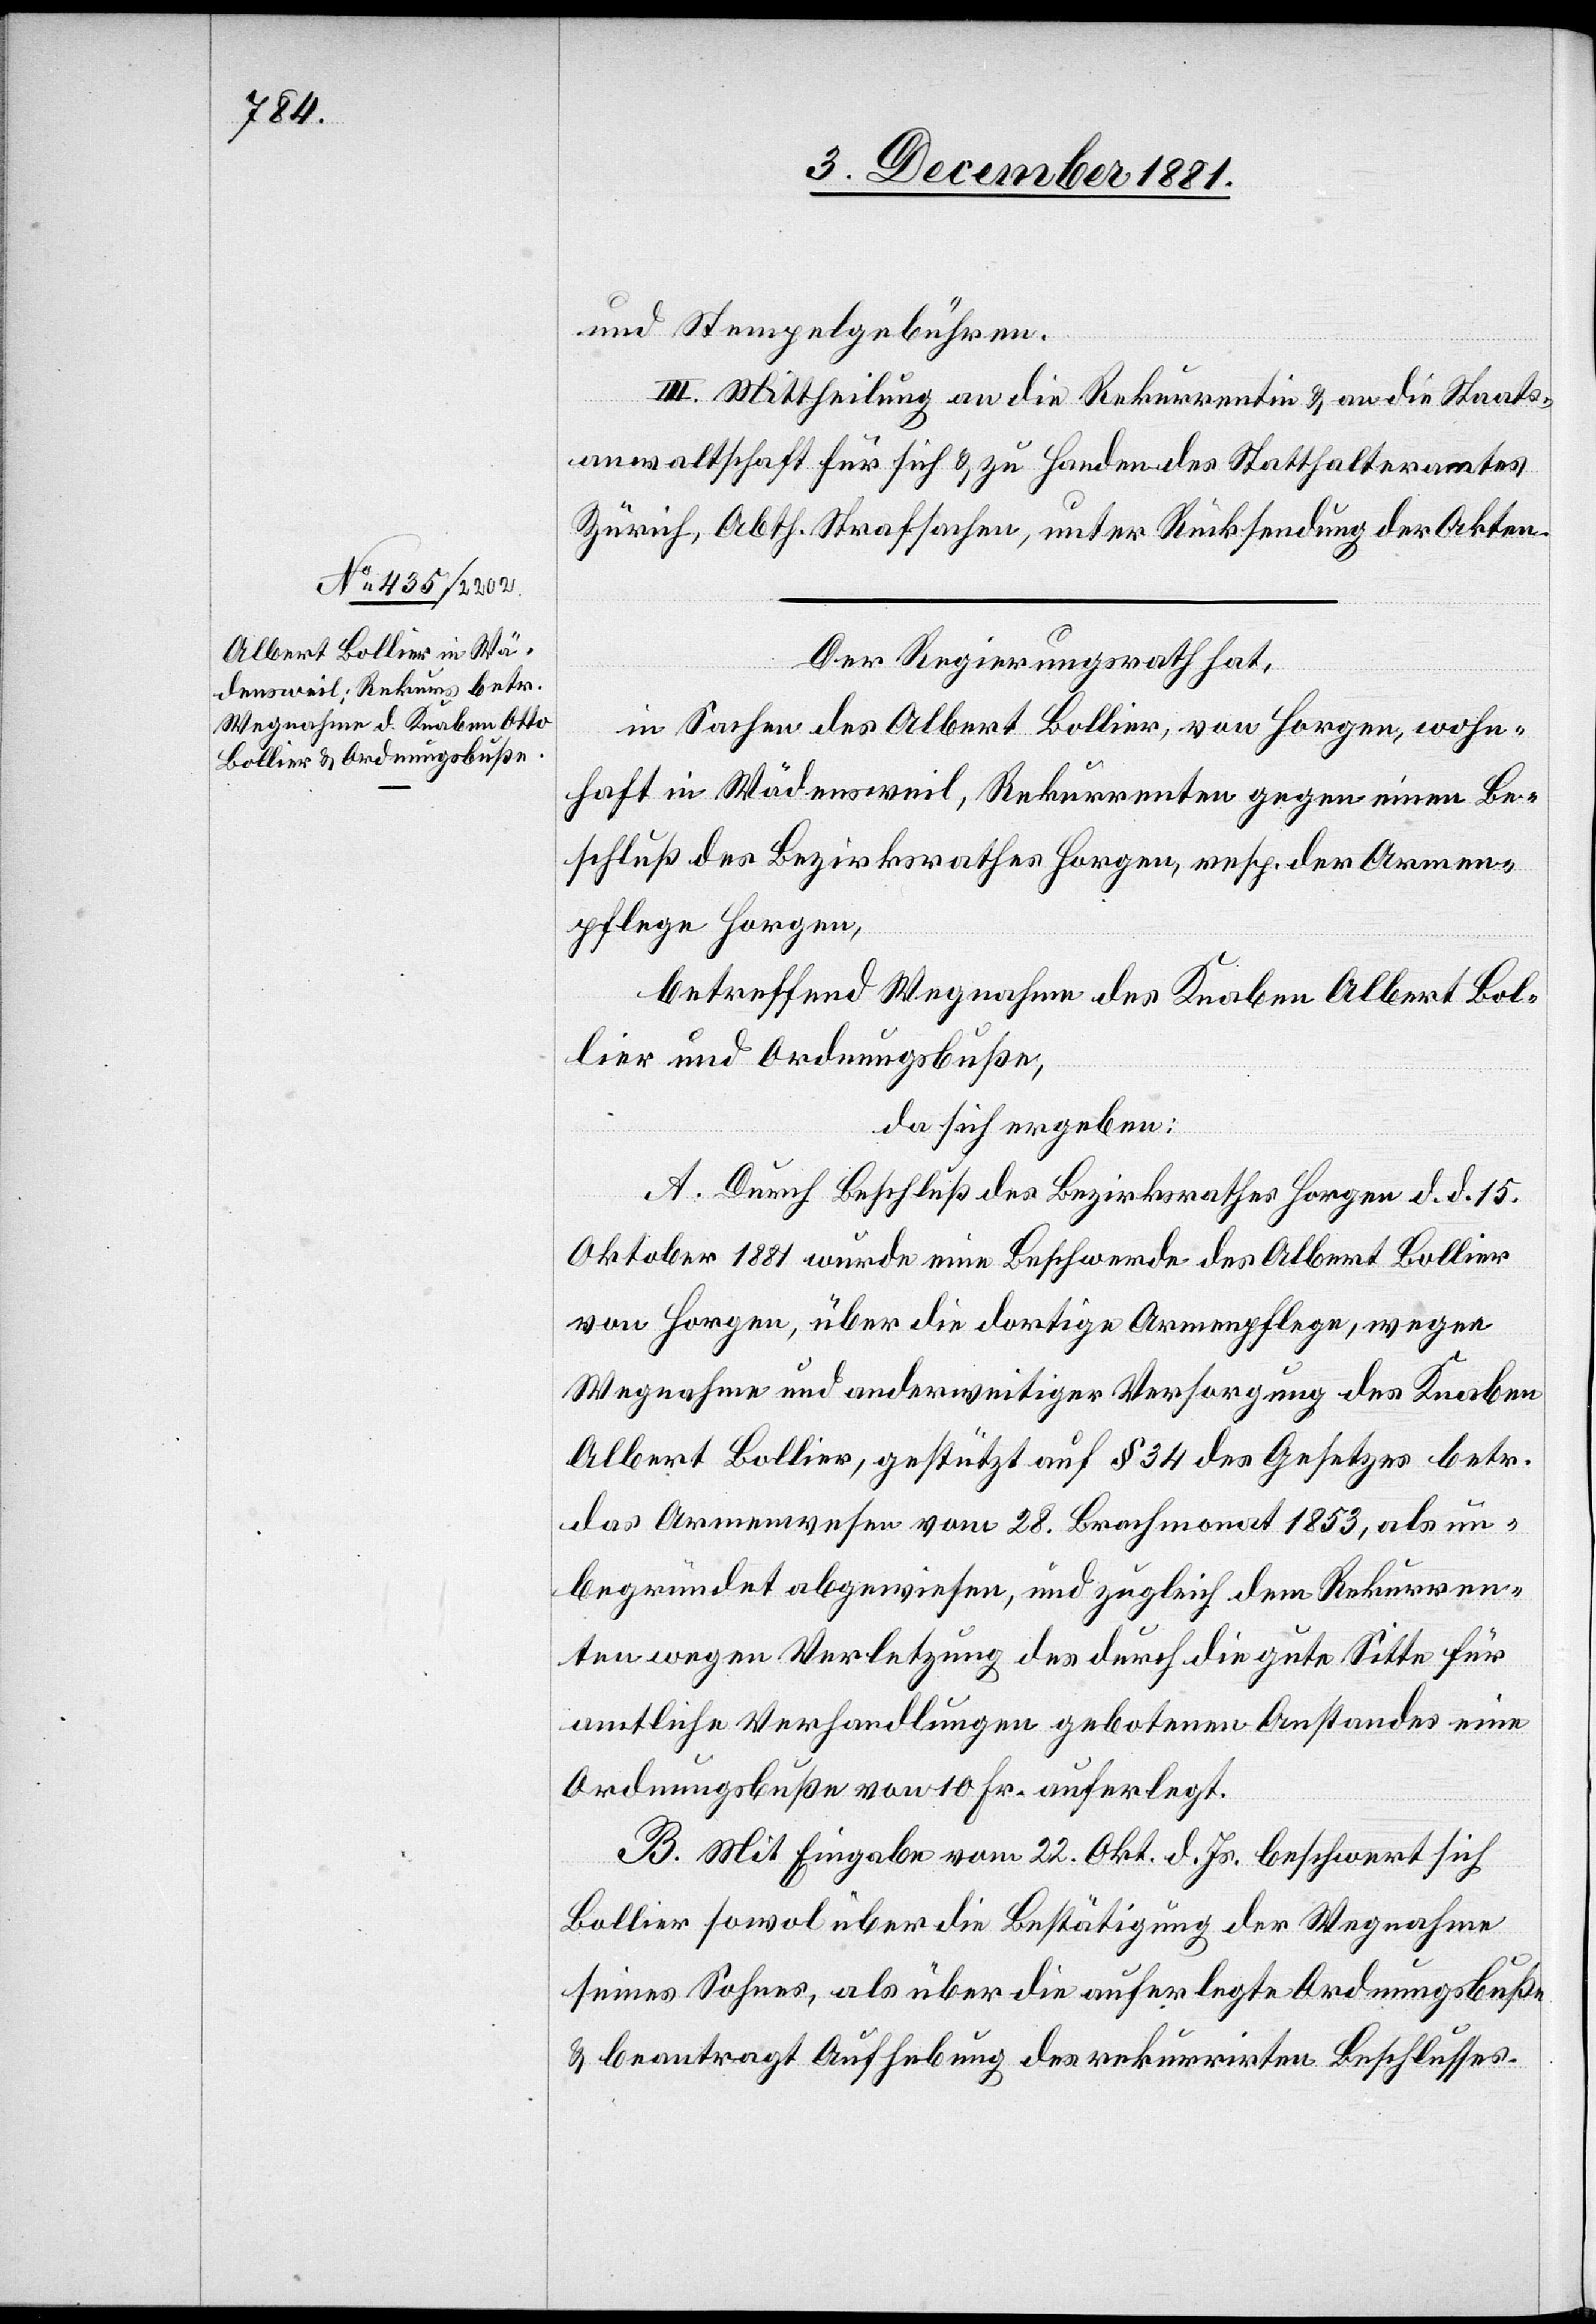
und Stempelgebühren.
III. Mittheilung an die Rekurrentin & an die Staats¬
anwaltschaft für sich & zu Handen des Statthalteramtes
Zürich, Abth. Strafsachen, unter Rücksendung der Akten.
Der Regierungsrath hat,
in Sachen des Albert Bollier, von Horgen, wohn¬
haft in Wädensweil, Rekurrenten gegen einen Be¬
schluß des Bezirksrathes Horgen, resp. der Armen¬
pflege Horgen,
betreffend Wegnahme des Knaben Albert [recte:
Bollier und Ordnungsbuße,
da sich ergeben:
A. Durch Beschluß des Bezirksrathes Horgen d. d. 15.
Oktober 1881 wurde eine Beschwerde des Albert Bollier
von Horgen, über die dortige Armenpflege, wegen
Wegnahme und anderweitiger Versorgung des Knaben
Albert Bollier, gestützt auf § 34 des Gesetzes betr.
das Armenwesen vom 28. Brachmonat 1853, als un¬
begründet abgewiesen, und zugleich dem Rekurren¬
ten wegen Verletzung des durch die gute Sitte für
amtliche Verhandlungen gebotenen Anstandes eine
Ordnungsbuße von 10 Fr. auferlegt.
B. Mit Eingabe vom 22. Okt. d. Js. beschwert sich
Bollier sowol über die Bestätigung der Wegnahme
seines Sohnes, als über die auferlegte Ordnungsbuße
& beantragt Aufhebung des rekurrirten Beschlusses.